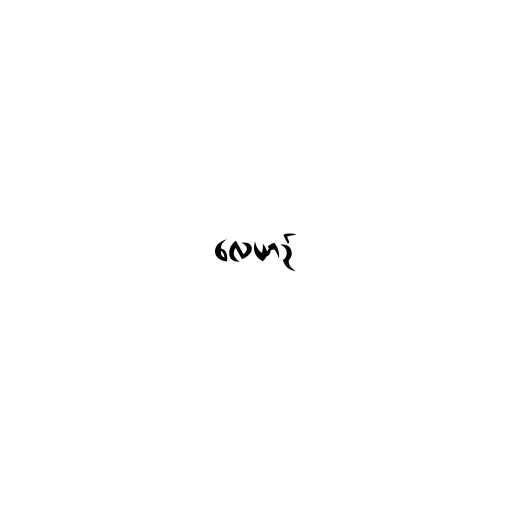
လေယာဉ်